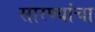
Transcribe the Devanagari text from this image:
सारण्यांचा